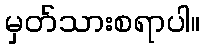
မှတ်သားစရာပါ။